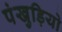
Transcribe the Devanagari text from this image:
पंखुड़ियो